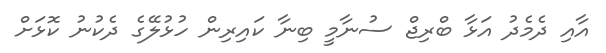
އާއި ދެމެދު އަޅާ ބްރިޖް ސުނާމީ ބިނާ ކައިރިން ހުޅުލޭގެ ދެކުނު ކޮޅަށް